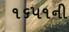
૧૬૫૧ની